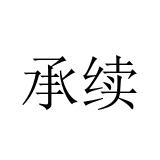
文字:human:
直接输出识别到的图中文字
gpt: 承续